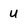
Character: u